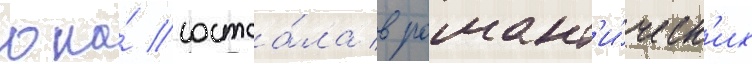
она́ состоа́ла в романт'и́ческ'их